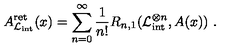
A _ { \mathcal { L } _ { \mathrm { i n t } } } ^ { \mathrm { r e t } } ( x ) = \sum _ { n = 0 } ^ { \infty } \frac { 1 } { n ! } R _ { n , 1 } ( \mathcal { L } _ { \mathrm { i n t } } ^ { \otimes n } , A ( x ) ) \ .